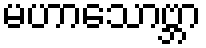
မဟာသောဗ္ဘာ